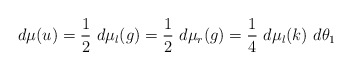
\begin{align*}d \mu (u) = \frac{1}{2} ~d \mu _l (g) = \frac{1}{2} ~d \mu _r (g) = \frac{1}{4} ~d \mu _l (k) ~d \theta _1\end{align*}